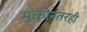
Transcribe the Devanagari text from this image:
मुक्तीनंतरही